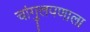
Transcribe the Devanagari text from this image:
चांगुलपणाला